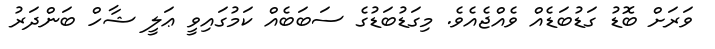
ވަރަށް ބޮޑު ގަޑުބަޑެއް ވެއްޖެއެވެ. މިގަޑުބަޑުގެ ސަބަބެއް ކަމުގައިވީ ޢަލީ ޝާހް ބަންދަރު